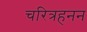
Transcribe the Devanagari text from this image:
चरित्रहनन